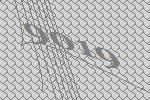
9019